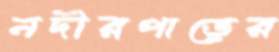
নদীরপাড়ের